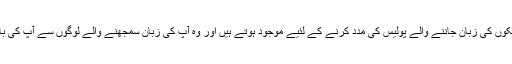
دنیا کے زیادہ تر ملکوں کی زبان جاننے والے پولیس کی مدد کرنے کے لئیے موجود ہوتے ہیں اور وہ آپ کی زبان سمجھنے والے لوگوں سے آپ کی بات کروا سکتے ہیں۔